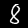
Digit: 8